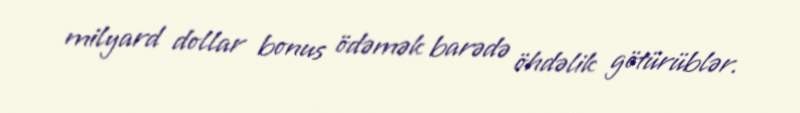
milyard dollar bonus ödəmək barədə öhdəlik götürüblər.